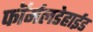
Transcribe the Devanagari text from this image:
फॉर्मलडेहाईड